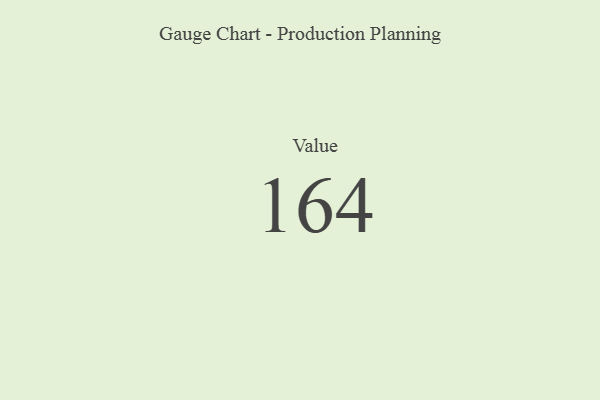
{"axis": {"x": "Metric", "y": "Value"}, "legend": [""], "data": [{"x": "Value", "y": 164, "type": ""}]}